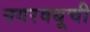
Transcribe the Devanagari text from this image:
नगरवधूची